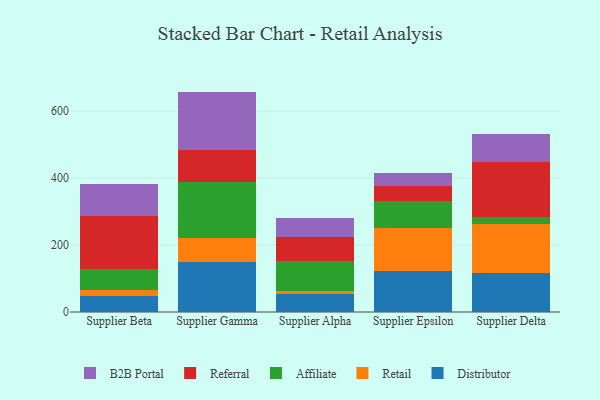
{"axis": {"x": "Supplier", "y": "Revenue (USD Million)"}, "legend": ["Affiliate", "B2B Portal", "Distributor", "Referral", "Retail"], "data": [{"x": "Supplier Beta", "y": 48.9, "type": "Distributor"}, {"x": "Supplier Beta", "y": 17.0, "type": "Retail"}, {"x": "Supplier Beta", "y": 61.0, "type": "Affiliate"}, {"x": "Supplier Beta", "y": 158.7, "type": "Referral"}, {"x": "Supplier Beta", "y": 95.9, "type": "B2B Portal"}, {"x": "Supplier Gamma", "y": 149.5, "type": "Distributor"}, {"x": "Supplier Gamma", "y": 71.6, "type": "Retail"}, {"x": "Supplier Gamma", "y": 167.0, "type": "Affiliate"}, {"x": "Supplier Gamma", "y": 94.8, "type": "Referral"}, {"x": "Supplier Gamma", "y": 175.1, "type": "B2B Portal"}, {"x": "Supplier Alpha", "y": 52.5, "type": "Distributor"}, {"x": "Supplier Alpha", "y": 9.1, "type": "Retail"}, {"x": "Supplier Alpha", "y": 90.2, "type": "Affiliate"}, {"x": "Supplier Alpha", "y": 70.8, "type": "Referral"}, {"x": "Supplier Alpha", "y": 56.7, "type": "B2B Portal"}, {"x": "Supplier Epsilon", "y": 121.0, "type": "Distributor"}, {"x": "Supplier Epsilon", "y": 129.0, "type": "Retail"}, {"x": "Supplier Epsilon", "y": 82.3, "type": "Affiliate"}, {"x": "Supplier Epsilon", "y": 43.0, "type": "Referral"}, {"x": "Supplier Epsilon", "y": 40.1, "type": "B2B Portal"}, {"x": "Supplier Delta", "y": 117.0, "type": "Distributor"}, {"x": "Supplier Delta", "y": 145.1, "type": "Retail"}, {"x": "Supplier Delta", "y": 22.5, "type": "Affiliate"}, {"x": "Supplier Delta", "y": 163.4, "type": "Referral"}, {"x": "Supplier Delta", "y": 84.1, "type": "B2B Portal"}]}